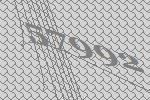
57992